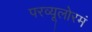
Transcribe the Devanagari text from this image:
परव्यूलोरमं